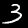
Digit: 3